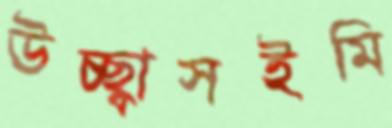
উচ্ছ্বাসইমি